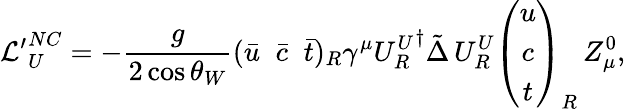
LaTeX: {{\cal L}^{\prime}}_{U}^{NC}=-\frac{g}{2\cos\theta_{W}}(\bar{u}\; \; \bar{c}\; \; \bar{t})_{R}\gamma^{\mu}{U_{R}^{U}}^{\dagger}\tilde{\Delta}\, U_{R}^{U}\left(\begin{array}{c}{{u}}\\ {{c}}\\ {{t}}\end{array}\right)_{R}\, Z_{\mu}^{0},